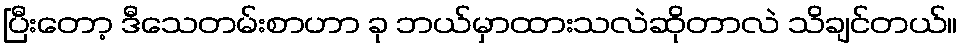
ပြီးတော့ ဒီသေတမ်းစာဟာ ခု ဘယ်မှာထားသလဲဆိုတာလဲ သိချင်တယ်။